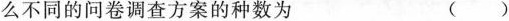
么不同的问卷调查方案的种数为 ()